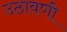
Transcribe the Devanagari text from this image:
उठावणी